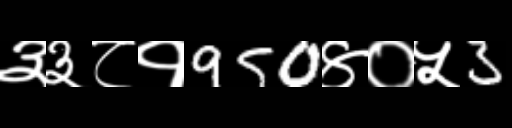
Text: ३३८१950४०५3